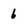
Character: 6